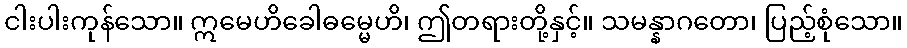
ငါးပါးကုန်သော။ ဣမေဟိခေါဓမ္မေဟိ၊ ဤတရားတို့နှင့်။ သမန္နာဂတော၊ ပြည့်စုံသော။